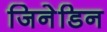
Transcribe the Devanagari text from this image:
जिनेडिन